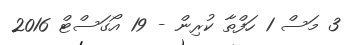
3 މަސް 1 ހަފްތާ ކުރިން - 19 އޯގަސްޓް 2016